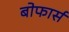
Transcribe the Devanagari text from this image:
बोफार्स